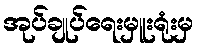
အုပ်ချုပ်ရေးမှူးရုံးမှ